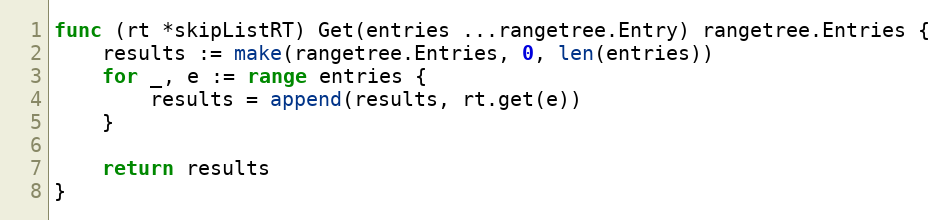
Language: Go
func (rt *skipListRT) Get(entries ...rangetree.Entry) rangetree.Entries {
	results := make(rangetree.Entries, 0, len(entries))
	for _, e := range entries {
		results = append(results, rt.get(e))
	}

	return results
}